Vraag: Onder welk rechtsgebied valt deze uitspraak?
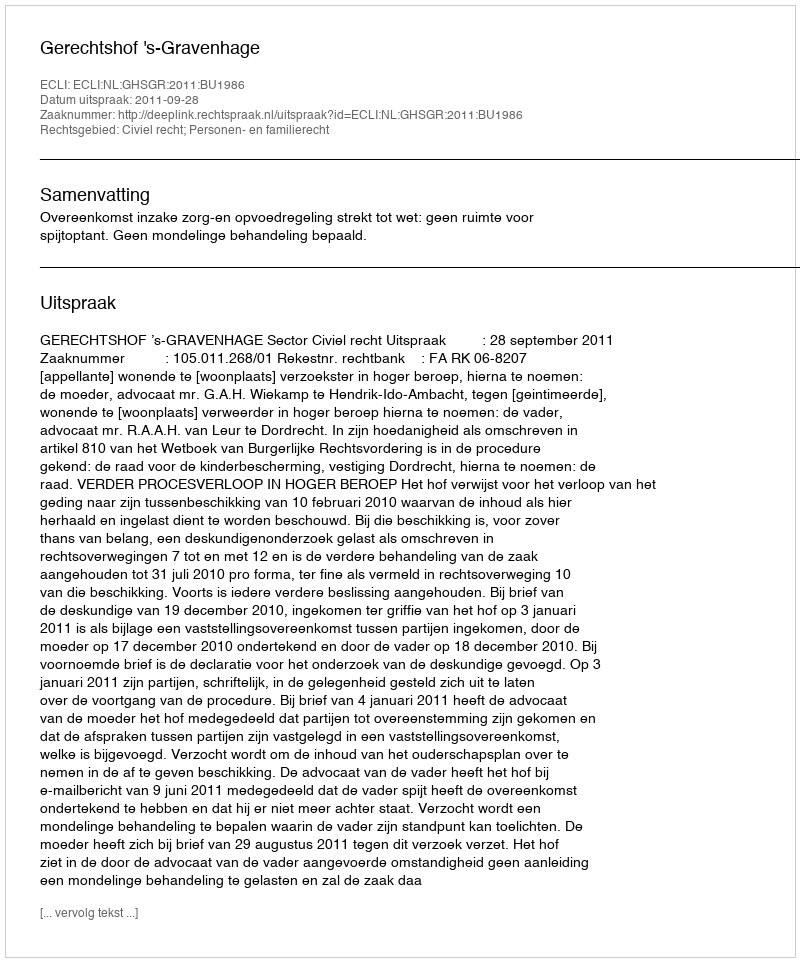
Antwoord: Civiel recht; Personen- en familierecht